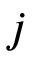
j